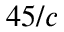
4 5 / c